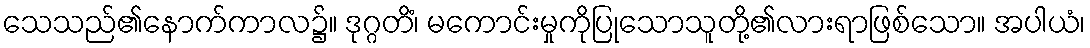
သေသည်၏နောက်ကာလ၌။ ဒုဂ္ဂတိံ၊ မကောင်းမှုကိုပြုသောသူတို့၏လားရာဖြစ်သော။ အပါယံ၊